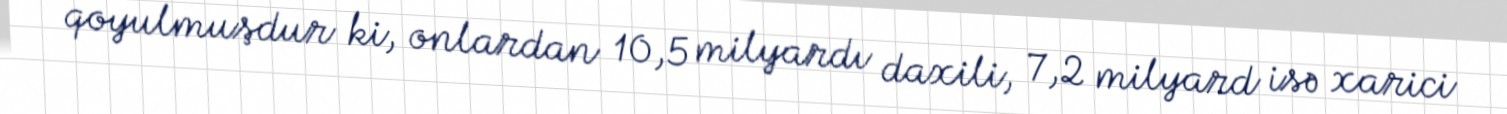
qoyulmuşdur ki, onlardan 10,5 milyardı daxili, 7,2 milyard isə xarici